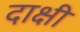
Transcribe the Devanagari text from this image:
दाक्षी